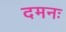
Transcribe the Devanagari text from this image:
दमनः